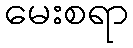
မေးစရာ